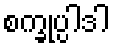
စက္ခုပ္ပါဒါ